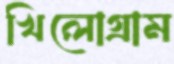
খিলোগ্রাম